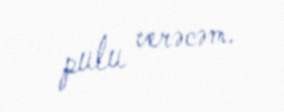
pulu verəcəm.